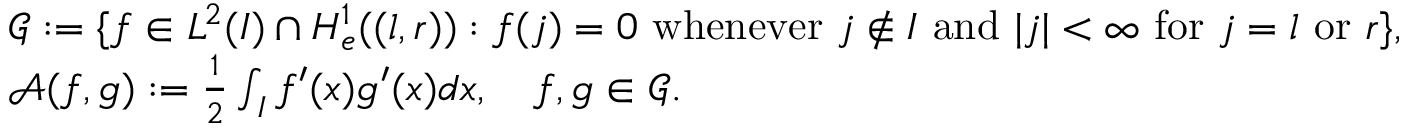
\begin{array} { r l } & { \mathscr G : = \{ f \in L ^ { 2 } ( I ) \cap H _ { e } ^ { 1 } ( ( l , r ) ) : f ( j ) = 0 \mathrm { ~ w h e n e v e r ~ } j \notin I \mathrm { ~ a n d ~ } | j | < \infty \mathrm { ~ f o r ~ } j = l \mathrm { ~ o r ~ } r \} , } \\ & { \mathscr A ( f , g ) : = \frac { 1 } { 2 } \int _ { I } f ^ { \prime } ( x ) g ^ { \prime } ( x ) d x , \quad f , g \in \mathscr G . } \end{array}